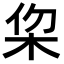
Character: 𣐗